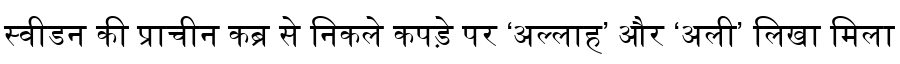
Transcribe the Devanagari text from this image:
स्वीडन की प्राचीन कब्र से निकले कपड़े पर ‘अल्लाह’ और ‘अली’ लिखा मिला